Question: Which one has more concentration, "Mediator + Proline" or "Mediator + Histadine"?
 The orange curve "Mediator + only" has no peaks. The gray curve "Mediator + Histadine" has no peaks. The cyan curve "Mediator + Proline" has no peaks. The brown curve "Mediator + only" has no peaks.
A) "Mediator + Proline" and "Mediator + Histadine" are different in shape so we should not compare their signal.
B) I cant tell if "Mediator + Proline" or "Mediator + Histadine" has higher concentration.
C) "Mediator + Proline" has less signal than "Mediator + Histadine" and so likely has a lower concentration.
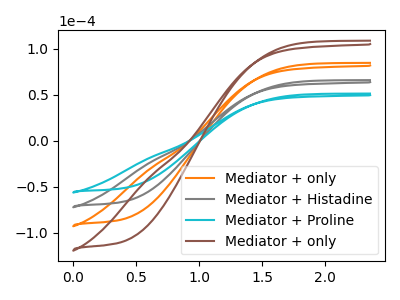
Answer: <think>Neither "Mediator + Proline" or "Mediator + Histadine" have any peaks.
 </think>
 <answer>B) I cant tell if "Mediator + Proline" or "Mediator + Histadine" has higher concentration.</answer>
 <eval>B</eval>